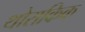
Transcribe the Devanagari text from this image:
थोराकिक